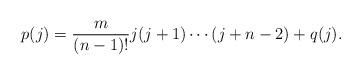
LaTeX: \begin{align*}p(j) = \frac{m}{(n-1)!}j(j+1)\cdots (j+n-2) + q(j). \end{align*}